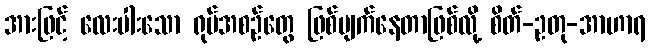
အားဖြင့် လေးပါးသော ရုပ်အစဉ်တွေ ဖြစ်ပျက်နေတာဖြစ်လို့ စိတ်-ဥတု-အာဟာရ